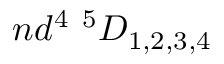
n d ^ { 4 } ~ { } ^ { 5 } D _ { 1 , 2 , 3 , 4 }